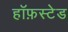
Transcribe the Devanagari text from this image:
हॉफ़स्टेड